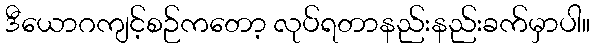
ဒီယောဂကျင့်စဉ်ကတော့ လုပ်ရတာနည်းနည်းခက်မှာပါ။